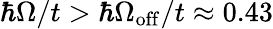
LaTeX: \hbar\Omega/t>\hbar\Omega_{\mathrm{off}}/t\approx 0.43